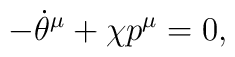
-{\dot{\theta}}^{\mu }+\chi {p}^{\mu }=0,